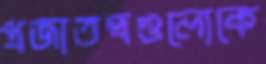
প্রজাতন্ত্রগুলোকে